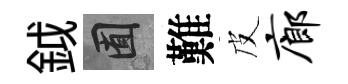
鉞囿難皮廊